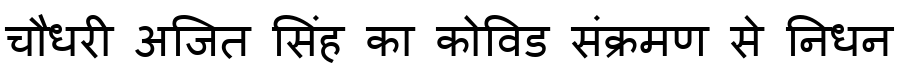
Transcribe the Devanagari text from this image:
चौधरी अजित सिंह का कोविड संक्रमण से निधन